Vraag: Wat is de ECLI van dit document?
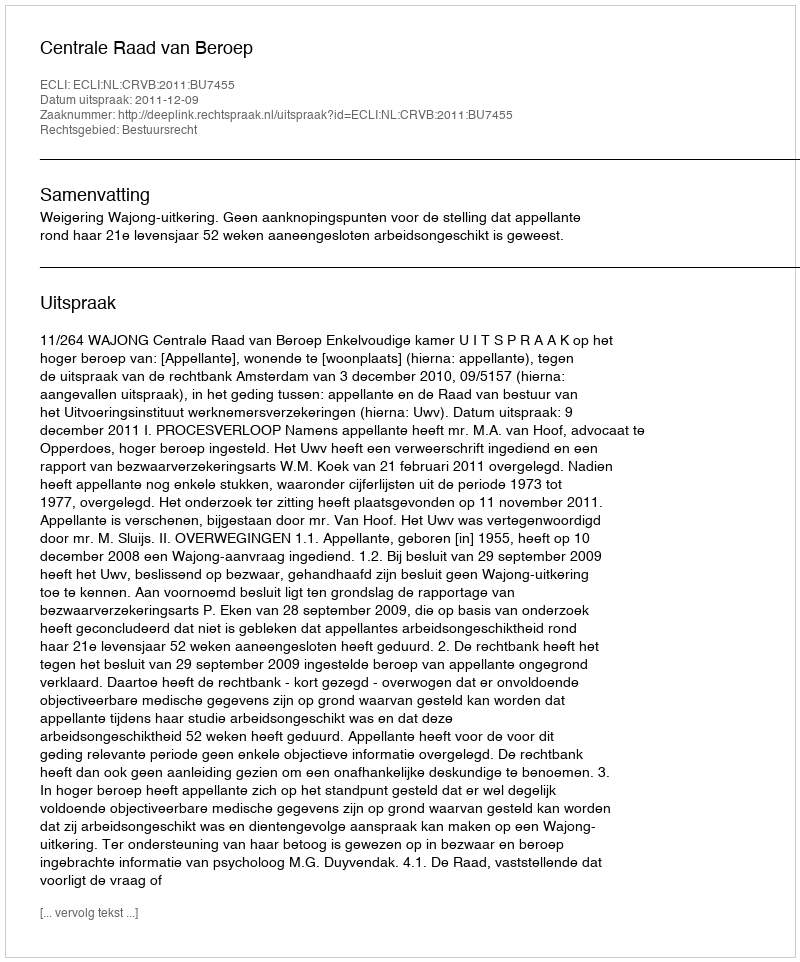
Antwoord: ECLI:NL:CRVB:2011:BU7455